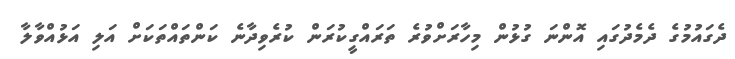
ދެގައުމުގެ ދެމެދުގައި އޮންނަ ގުޅުން މިހާރަށްވުރެ ތަރައްގީކުރަން ކުރެވިދާނެ ކަންތައްތަކަށް އަލި އަޅުއްވާލާ